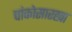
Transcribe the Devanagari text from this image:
चांकोसारखा